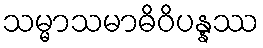
သမ္မာသမာဓိဝိပန္နဿ